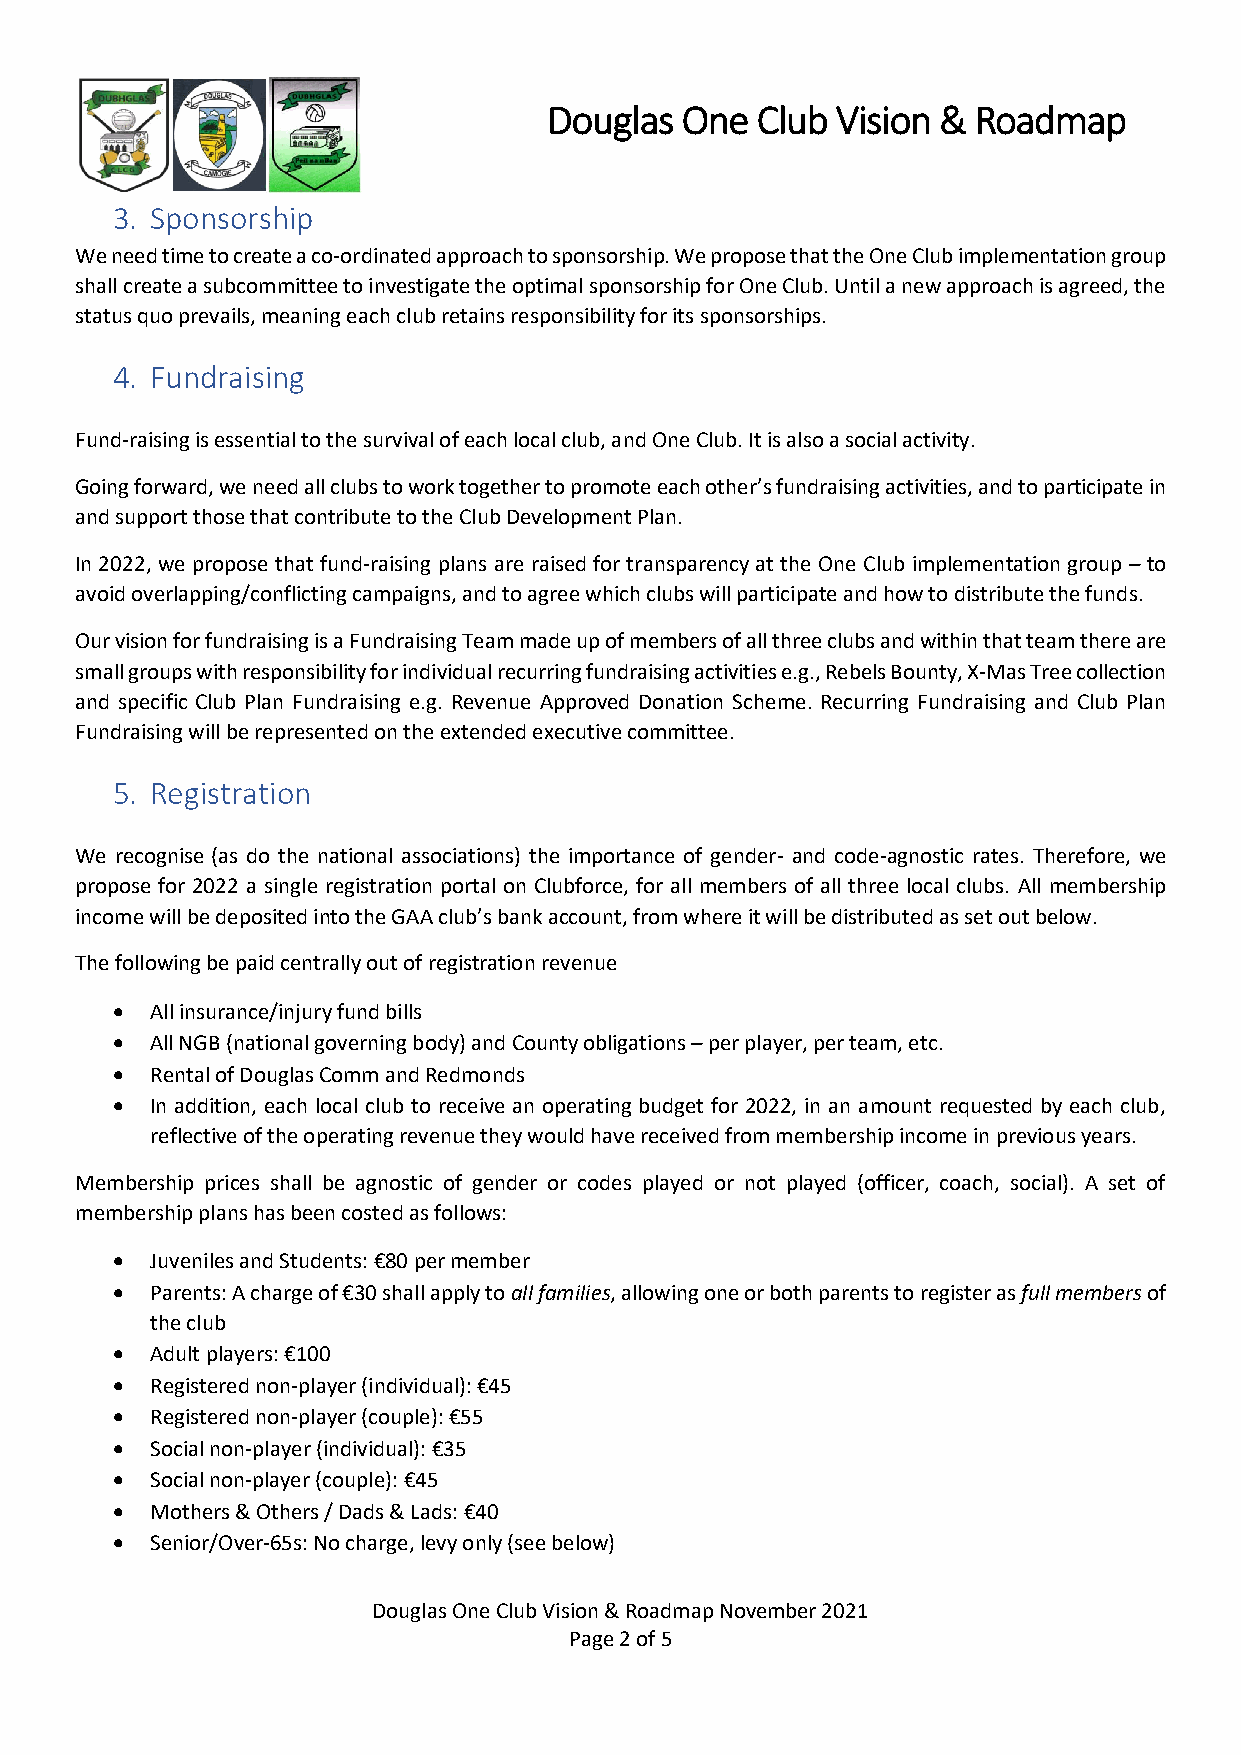
Douglas  One  Club Vision &  Roadmap
 3. Sponsorship
 We need time to create a co-ordinated approach to sponsorship. We propose that the One Club implementation group
 shall create a subcommittee to investigate the optimal sponsorship for One Club. Until a new approach is agreed, the
 status quo prevails, meaning each club retains responsibility for its sponsorships.
 4. Fundraising
 Fund-raising is essential to the survival of each local club, and One Club. It is also a social activity.
 Going forward, we need all clubs to work together to promote each other’s fundraising activities, and to participate in
 and support those that contribute to the Club Development Plan.
 In 2022, we propose that fund-raising plans are raised for transparency at the One Club implementation group – to
 avoid overlapping/conflicting campaigns, and to agree which clubs will participate and how to distribute the funds.
 Our vision for fundraising is a Fundraising Team made up of members of all three clubs and within that team there are
 small groups with responsibility for individual recurring fundraising activities e.g., Rebels Bounty, X-Mas Tree collection
 and specific Club Plan Fundraising e.g. Revenue Approved Donation Scheme. Recurring Fundraising and Club Plan
 Fundraising will be represented on the extended executive committee.
 5. Registration
 We recognise (as do the national associations) the importance of gender- and code-agnostic rates. Therefore, we
 propose for 2022 a single registration portal on Clubforce, for all members of all three local clubs. All membership
 income will be deposited into the GAA club’s bank account, from where it will be distributed as set out below.
 The following be paid centrally out of registration revenue
 •  All insurance/injury fund bills
 •  All NGB (national governing body) and County obligations – per player, per team, etc.
 •  Rental of Douglas Comm and Redmonds
 •  In addition, each local club to receive an operating budget for 2022, in an amount requested by each club,
 reflective of the operating revenue they would have received from membership income in previous years.
 Membership prices shall be agnostic of gender or codes played or not played (officer, coach, social). A set of
 membership plans has been costed as follows:
 •  Juveniles and Students: €80 per member
 •  Parents: A charge of €30 shall apply to all families, allowing one or both parents to register as full members of
 the club
 •  Adult players: €100
 •  Registered non-player (individual): €45
 •  Registered non-player (couple): €55
 •  Social non-player (individual): €35
 •  Social non-player (couple): €45
 •  Mothers & Others / Dads & Lads: €40
 •  Senior/Over-65s: No charge, levy only (see below)
 Douglas One Club Vision & Roadmap November 2021
 Page 2 of 5